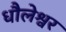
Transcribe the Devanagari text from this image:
धौलेश्वर